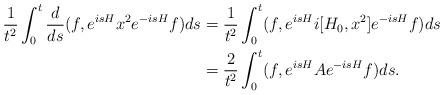
LaTeX: \begin{align*}\begin{aligned}\frac{1}{t^2}\int_0^t \frac{d}{ds}(f,e^{isH}x^2e^{-isH}{f}) ds&=\frac{1}{t^2}\int_0^t (f,e^{isH}i[H_0,x^2]e^{-isH}{f}) ds\\&=\frac{2}{t^2}\int_0^t(f,e^{isH}Ae^{-isH}f)ds.\end{aligned}\end{align*}